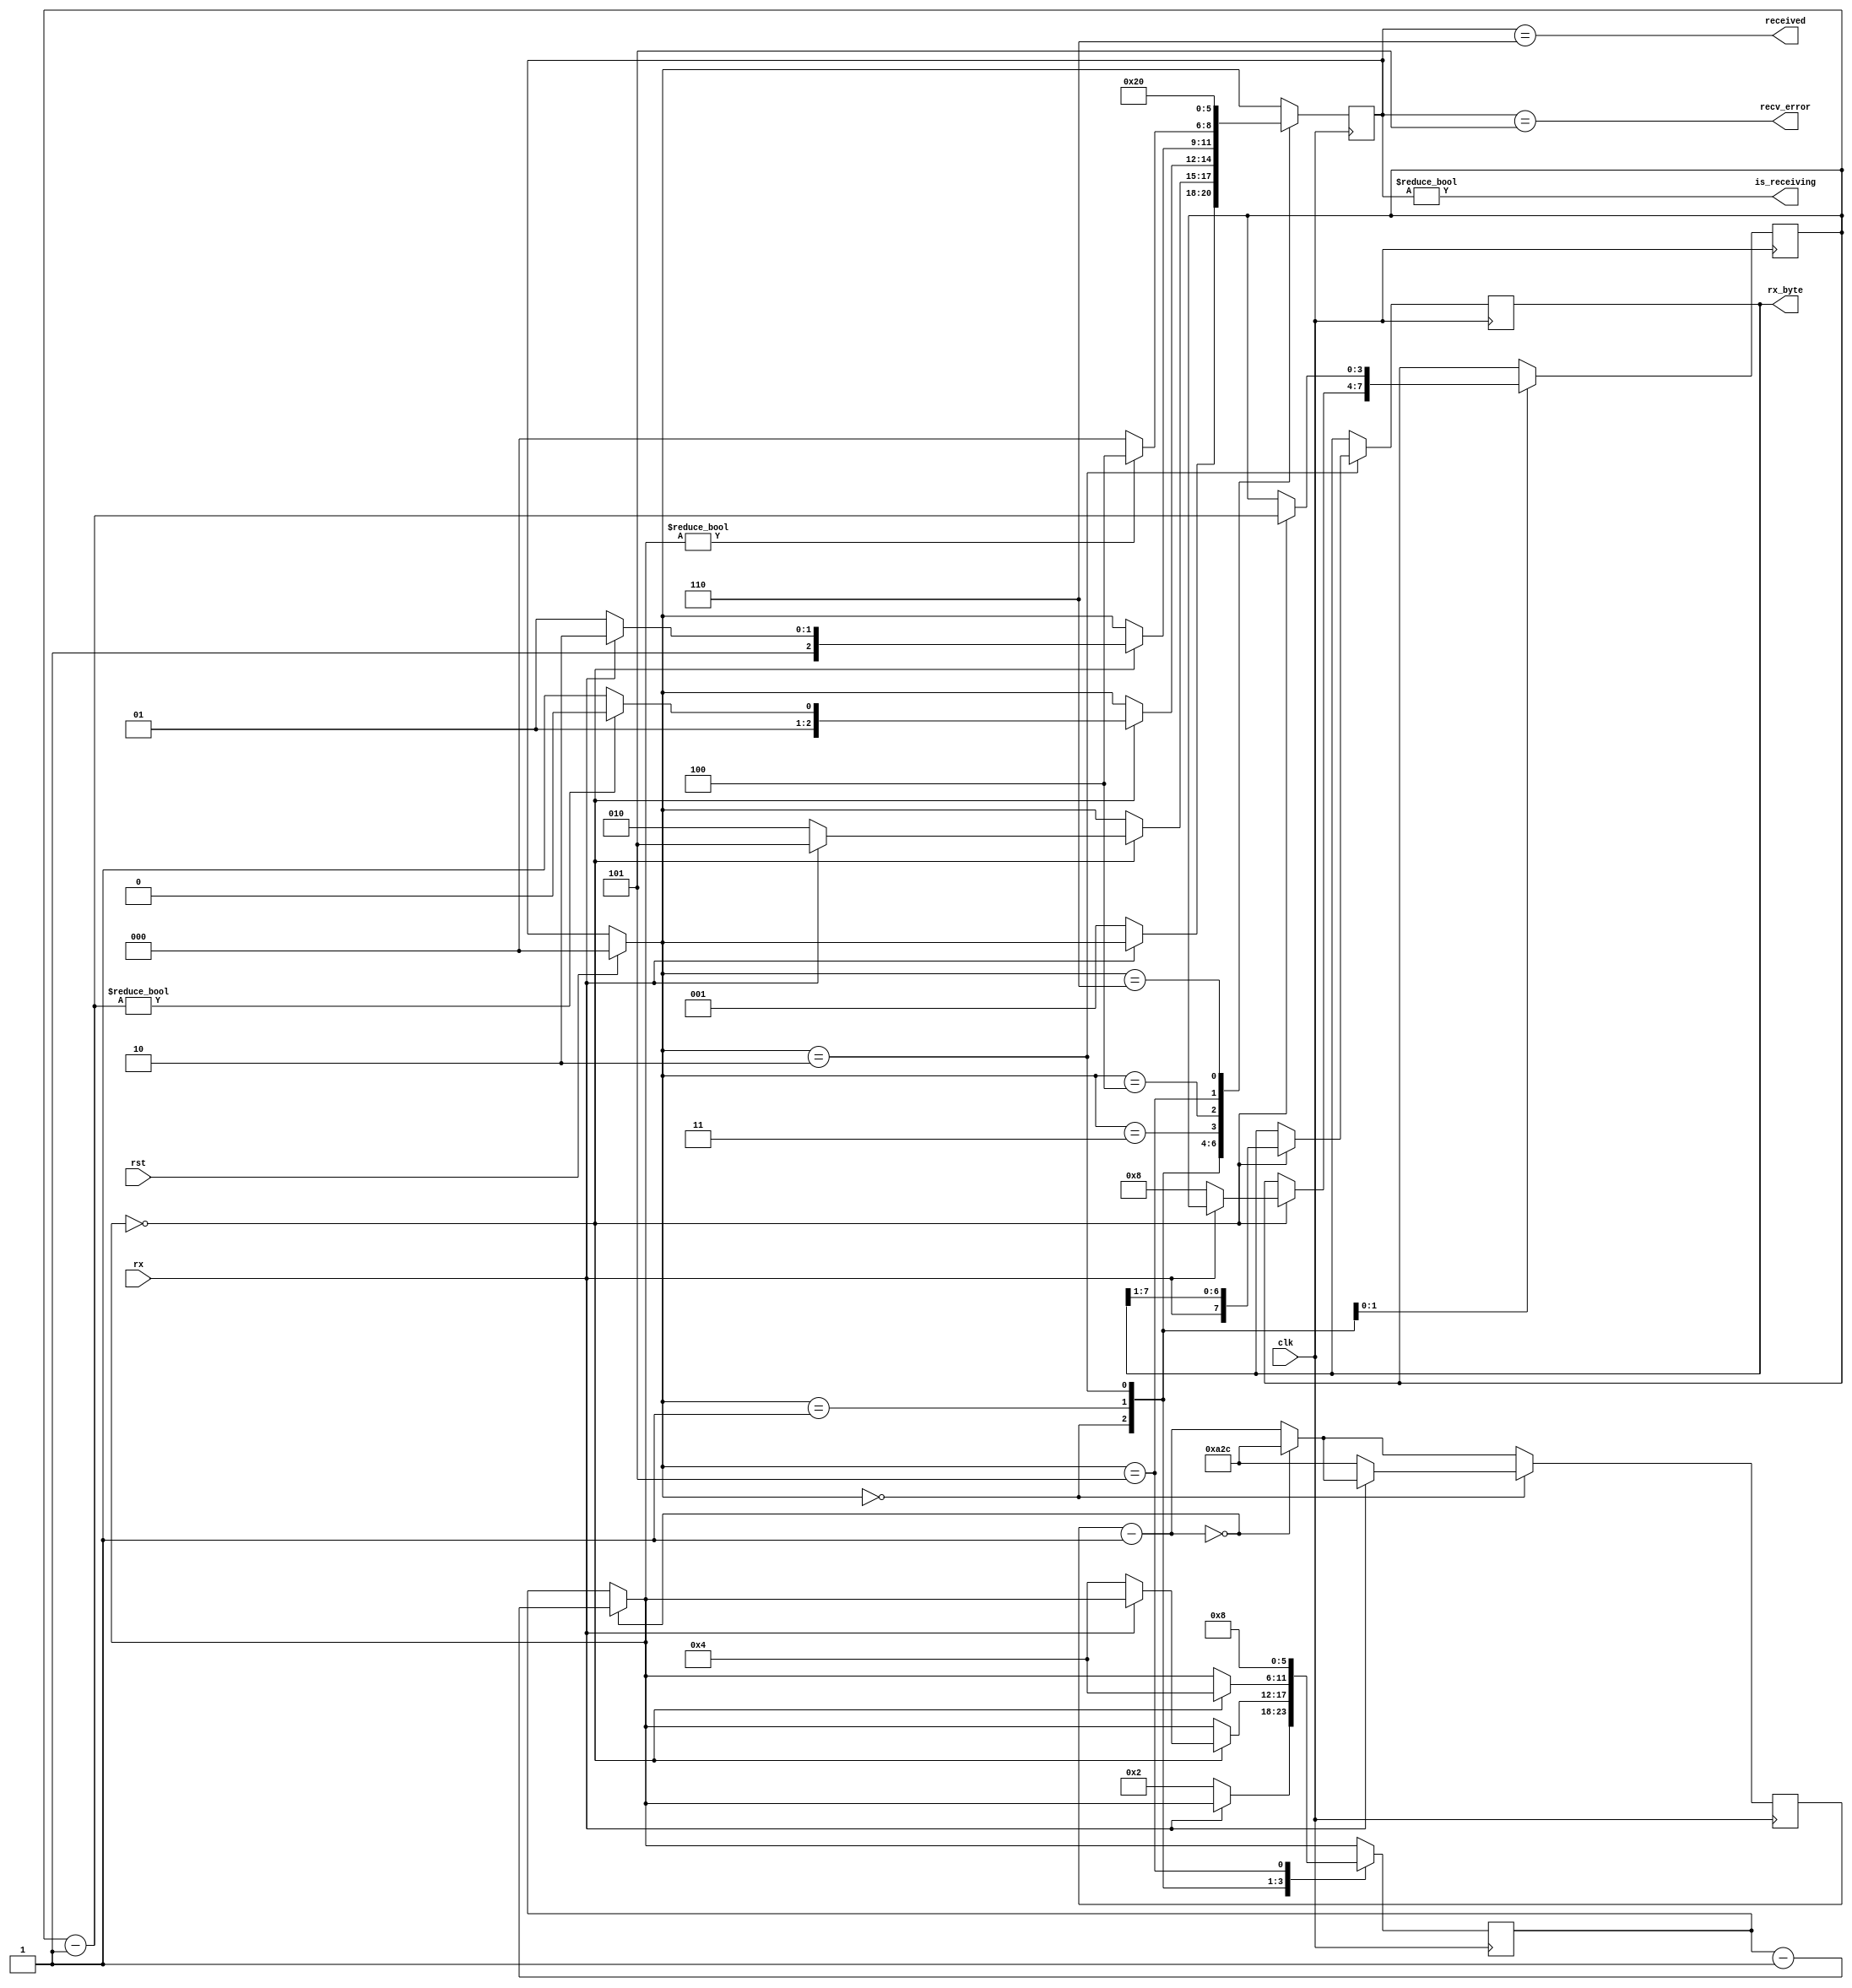
`timescale 1ns / 1ps
//////////////////////////////////////////////////////////////////////////////////
// Company: 
// Engineer: 
// 
// Design Name: 
// Module Name:    UART 
// Project Name: 
// Target Devices: 
// Tool versions: 
// Description: 
//
// Dependencies: 
//
// Revision: 
// Revision 0.01 - File Created
// Additional Comments: 
//
//////////////////////////////////////////////////////////////////////////////////
module UART(
    input clk, // The master clock for this module
    input rst, // Synchronous reset.
    input rx, // Incoming serial line
    output received, // Indicated that a byte has been received.
    output [7:0] rx_byte, // Byte received
    output is_receiving, // Low when receive line is idle.
    output recv_error // Indicates error in receiving packet.
    );

	parameter CLOCK_DIVIDE = 2604; // clock rate (100Mhz) / (baud rate (9600) * 4)

	// States for the receiving state machine.
	// These are just constants, not parameters to override.
	parameter RX_IDLE = 0;
	parameter RX_CHECK_START = 1;
	parameter RX_READ_BITS = 2;
	parameter RX_CHECK_STOP = 3;
	parameter RX_DELAY_RESTART = 4;
	parameter RX_ERROR = 5;
	parameter RX_RECEIVED = 6;

	reg [12:0] rx_clk_divider = CLOCK_DIVIDE;
	reg [12:0] tx_clk_divider = CLOCK_DIVIDE;

	reg [2:0] recv_state = RX_IDLE;
	reg [5:0] rx_countdown;
	reg [3:0] rx_bits_remaining;
	reg [7:0] rx_data;

	assign received = recv_state == RX_RECEIVED;
	assign recv_error = recv_state == RX_ERROR;
	assign is_receiving = recv_state != RX_IDLE;
	assign rx_byte = rx_data;

	always @(posedge clk) begin
		if (rst) begin
			recv_state = RX_IDLE;
		end
		
		// The clk_divider counter counts down from
		// the CLOCK_DIVIDE constant. Whenever it
		// reaches 0, 1/16 of the bit period has elapsed.
		// Countdown timers for the receiving and transmitting
		// state machines are decremented.
		rx_clk_divider = rx_clk_divider - 1;
		if (!rx_clk_divider) begin
			rx_clk_divider = CLOCK_DIVIDE;
			rx_countdown = rx_countdown - 1;
		end
		
		// Receive state machine
		case (recv_state)
			RX_IDLE: begin
				// A low pulse on the receive line indicates the
				// start of data.
				if (!rx) begin
					// Wait half the period - should resume in the
					// middle of this first pulse.
					rx_clk_divider = CLOCK_DIVIDE;
					rx_countdown = 2;
					recv_state = RX_CHECK_START;
				end
			end
			RX_CHECK_START: begin
				if (!rx_countdown) begin
					// Check the pulse is still there
					if (!rx) begin
						// Pulse still there - good
						// Wait the bit period to resume half-way
						// through the first bit.
						rx_countdown = 4;
						rx_bits_remaining = 8;
						recv_state = RX_READ_BITS;
					end else begin
						// Pulse lasted less than half the period -
						// not a valid transmission.
						recv_state = RX_ERROR;
					end
				end
			end
			RX_READ_BITS: begin
				if (!rx_countdown) begin
					// Should be half-way through a bit pulse here.
					// Read this bit in, wait for the next if we
					// have more to get.
					rx_data = {rx, rx_data[7:1]};
					rx_countdown = 4;
					rx_bits_remaining = rx_bits_remaining - 1;
					recv_state = rx_bits_remaining ? RX_READ_BITS : RX_CHECK_STOP;
				end
			end
			RX_CHECK_STOP: begin
				if (!rx_countdown) begin
					// Should resume half-way through the stop bit
					// This should be high - if not, reject the
					// transmission and signal an error.
					recv_state = rx ? RX_RECEIVED : RX_ERROR;
				end
			end
			RX_DELAY_RESTART: begin
				// Waits a set number of cycles before accepting
				// another transmission.
				recv_state = rx_countdown ? RX_DELAY_RESTART : RX_IDLE;
			end
			RX_ERROR: begin
				// There was an error receiving.
				// Raises the recv_error flag for one clock
				// cycle while in this state and then waits
				// 2 bit periods before accepting another
				// transmission.
				rx_countdown = 8;
				recv_state = RX_DELAY_RESTART;
			end
			RX_RECEIVED: begin
				// Successfully received a byte.
				// Raises the received flag for one clock
				// cycle while in this state.
				recv_state = RX_IDLE;
			end
		endcase
	end

endmodule